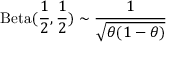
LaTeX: \operatorname { B e t a } ( { \frac { 1 } { 2 } } , { \frac { 1 } { 2 } } ) \sim { \frac { 1 } { \sqrt { \theta ( 1 - \theta ) } } }